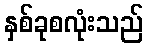
နှစ်ခုစလုံးသည်